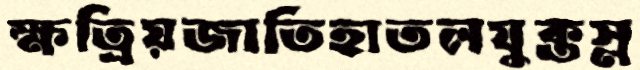
ক্ষত্রিয়জাতিহাতলযুক্তস্ল